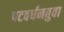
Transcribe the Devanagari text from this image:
पटवर्धनबुवा